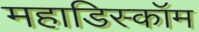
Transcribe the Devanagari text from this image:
महाडिस्कॉम